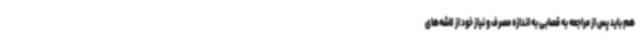
هم باید پس از مراجعه به قصابی به اندازه مصرف و نیاز خود از لاشه‌های